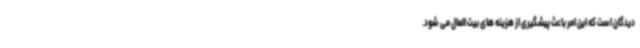
دیدگان است که این امر باعث پیشگیری از هزینه های بیت المال می شود.